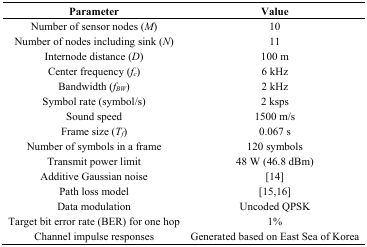
<table><thead><tr><td><b>Parameter</b></td><td><b>Value</b></td></tr></thead><tbody><tr><td>Number of sensor nodes (<i>M</i>)</td><td>10</td></tr><tr><td>Number of nodes including sink (<i>N</i>)</td><td>11</td></tr><tr><td>Internode distance (<i>D</i>)</td><td>100 m</td></tr><tr><td>Center frequency (<i>f<sub>c</sub></i>)</td><td>6 kHz</td></tr><tr><td>Bandwidth (<i>f<sub>BW</sub></i>)</td><td>2 kHz</td></tr><tr><td>Symbol rate (symbol/s)</td><td>2 ksps</td></tr><tr><td>Sound speed</td><td>1500 m/s</td></tr><tr><td>Frame size (<i>T<sub>f</sub></i>)</td><td>0.067 s</td></tr><tr><td>Number of symbols in a frame</td><td>120 symbols</td></tr><tr><td>Transmit power limit</td><td>48 W (46.8 dBm)</td></tr><tr><td>Additive Gaussian noise</td><td>[14]</td></tr><tr><td>Path loss model</td><td>[15,16]</td></tr><tr><td>Data modulation</td><td>Uncoded QPSK</td></tr><tr><td>Target bit error rate (BER) for one hop</td><td>1%</td></tr><tr><td>Channel impulse responses</td><td>Generated based on East Sea of Korea</td></tr></tbody></table>